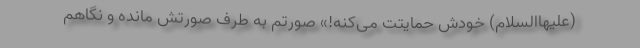
(علیهاالسلام) خودش حمایتت می‌کنه!» صورتم به طرف صورتش مانده و نگاهم